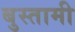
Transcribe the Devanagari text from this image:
बुस्तामी